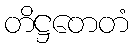
တိဋ္ဌတေတံ